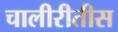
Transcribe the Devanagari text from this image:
चालीरीतीस